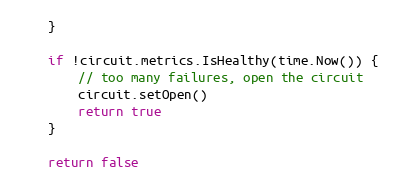
Language: Go
	}

	if !circuit.metrics.IsHealthy(time.Now()) {
		// too many failures, open the circuit
		circuit.setOpen()
		return true
	}

	return false